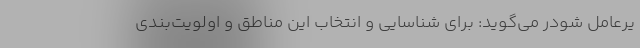
یرعامل شودر می‌گوید: برای شناسایی و انتخاب این مناطق و اولویت‌بندی